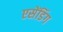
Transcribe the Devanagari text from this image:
एसेंडिंग